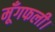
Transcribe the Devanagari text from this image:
मूँगफली।